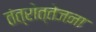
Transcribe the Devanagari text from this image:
तंत्रोत्तेजना